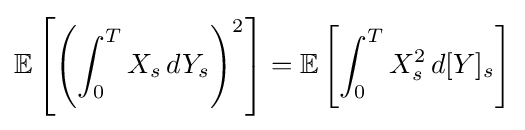
\mathbb {E} \left[\left(\int _{0}^{T}X_{s}\,dY_{s}\right)^{2}\right]=\mathbb {E} \left[\int _{0}^{T}X_{s}^{2}\,d[Y]_{s}\right]